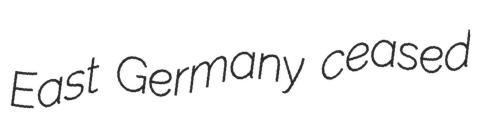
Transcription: East Germany ceased